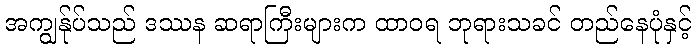
အကျွန်ုပ်သည် ဒဿန ဆရာကြီးများက ထာဝရ ဘုရားသခင် တည်နေပုံနှင့်